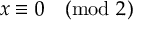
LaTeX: x \equiv 0 { \pmod { 2 } }